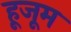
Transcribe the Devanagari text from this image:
हूजूम